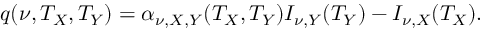
q ( \nu , T _ { X } , T _ { Y } ) = \alpha _ { \nu , X , Y } ( T _ { X } , T _ { Y } ) I _ { \nu , Y } ( T _ { Y } ) - I _ { \nu , X } ( T _ { X } ) .